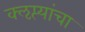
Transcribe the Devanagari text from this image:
क्‍ऌप्त्यांचा